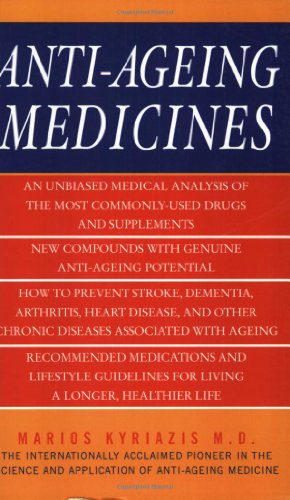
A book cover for Anti-Ageing Medicines: The Facts, What Works and What Doesn't; Marios Kyriazis; Health, Fitness & Dieting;